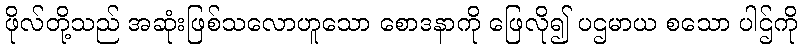
ဖိုလ်တို့သည် အဆုံးဖြစ်သလောဟူသော စောဒနာကို ဖြေလို၍ ပဌမာယ စသော ပါဌ်ကို